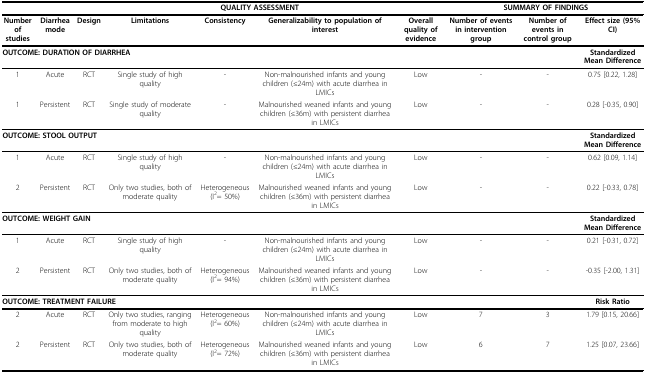
<table><thead><tr><td></td><td></td><td colspan="5"><b>QUALITY ASSESSMENT</b></td><td colspan="3"><b>SUMMARY OF FINDINGS</b></td></tr></thead><tbody><tr><td><b>Number of studies</b></td><td><b>Diarrhea mode</b></td><td><b>Design</b></td><td><b>Limitations</b></td><td><b>Consistency</b></td><td><b>Generalizability to population of interest</b></td><td><b>Overall quality of evidence</b></td><td><b>Number of events in intervention group</b></td><td><b>Number of events in control group</b></td><td><b>Effect size (95% CI)</b></td></tr><tr><td colspan="9"><b>OUTCOME: DURATION OF DIARRHEA</b></td><td><b>Standardized Mean Difference</b></td></tr><tr><td>1</td><td>Acute</td><td>RCT</td><td>Single study of high quality</td><td>-</td><td>Non-malnourished infants and young children (≤24m) with acute diarrhea in LMICs</td><td>Low</td><td>-</td><td>-</td><td>0.75 [0.22, 1.28]</td></tr><tr><td>1</td><td>Persistent</td><td>RCT</td><td>Single study of moderate quality</td><td>-</td><td>Malnourished weaned infants and young children (≤36m) with persistent diarrhea in LMICs</td><td>Low</td><td>-</td><td>-</td><td>0.28 [-0.35, 0.90]</td></tr><tr><td colspan="9"><b>OUTCOME: STOOL OUTPUT</b></td><td><b>Standardized Mean Difference</b></td></tr><tr><td>1</td><td>Acute</td><td>RCT</td><td>Single study of high quality</td><td>-</td><td>Non-malnourished infants and young children (≤24m) with acute diarrhea in LMICs</td><td>Low</td><td>-</td><td>-</td><td>0.62 [0.09, 1.14]</td></tr><tr><td>2</td><td>Persistent</td><td>RCT</td><td>Only two studies, both of moderate quality</td><td>Heterogeneous (I<sup>2</sup>= 50%)</td><td>Malnourished weaned infants and young children (≤36m) with persistent diarrhea in LMICs</td><td>Low</td><td>-</td><td>-</td><td>0.22 [-0.33, 0.78]</td></tr><tr><td colspan="9"><b>OUTCOME: WEIGHT GAIN</b></td><td><b>Standardized Mean Difference</b></td></tr><tr><td>1</td><td>Acute</td><td>RCT</td><td>Single study of high quality</td><td>-</td><td>Non-malnourished infants and young children (≤24m) with acute diarrhea in LMICs</td><td>Low</td><td>-</td><td>-</td><td>0.21 [-0.31, 0.72]</td></tr><tr><td>2</td><td>Persistent</td><td>RCT</td><td>Only two studies, both of moderate quality</td><td>Heterogeneous (I<sup>2</sup>= 94%)</td><td>Malnourished weaned infants and young children (≤36m) with persistent diarrhea in LMICs</td><td>Low</td><td>-</td><td>-</td><td>-0.35 [-2.00, 1.31]</td></tr><tr><td colspan="9"><b>OUTCOME: TREATMENT FAILURE</b></td><td><b>Risk Ratio</b></td></tr><tr><td>2</td><td>Acute</td><td>RCT</td><td>Only two studies, ranging from moderate to high quality</td><td>Heterogeneous (I<sup>2</sup>= 60%)</td><td>Non-malnourished infants and young children (≤24m) with acute diarrhea in LMICs</td><td>Low</td><td>7</td><td>3</td><td>1.79 [0.15, 20.66]</td></tr><tr><td>2</td><td>Persistent</td><td>RCT</td><td>Only two studies, both of moderate quality</td><td>Heterogeneous (I<sup>2</sup>= 72%)</td><td>Malnourished weaned infants and young children (≤36m) with persistent diarrhea in LMICs</td><td>Low</td><td>6</td><td>7</td><td>1.25 [0.07, 23.66]</td></tr></tbody></table>